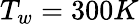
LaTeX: T_{w}=300K